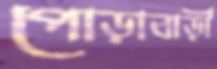
পোড়াবাড়ী